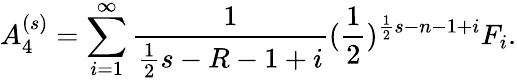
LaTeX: A_{4}^{(s)}=\sum_{i=1}^{\infty}\frac{1}{\frac{1}{2}s-R-1+i}(\frac{1}{2})^{\frac{1}{2}s-n-1+i}F_{i}.